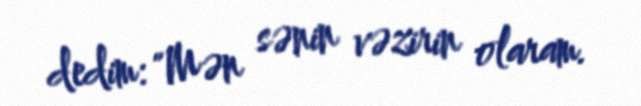
dedim: "Mən sənin vəzirin olaram.